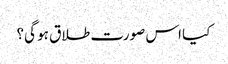
کیا اس صورت طلاق ہو گی؟